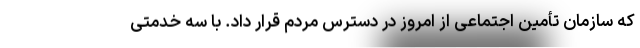
که سازمان تأمین اجتماعی از امروز در دسترس مردم قرار داد. با سه خدمتی